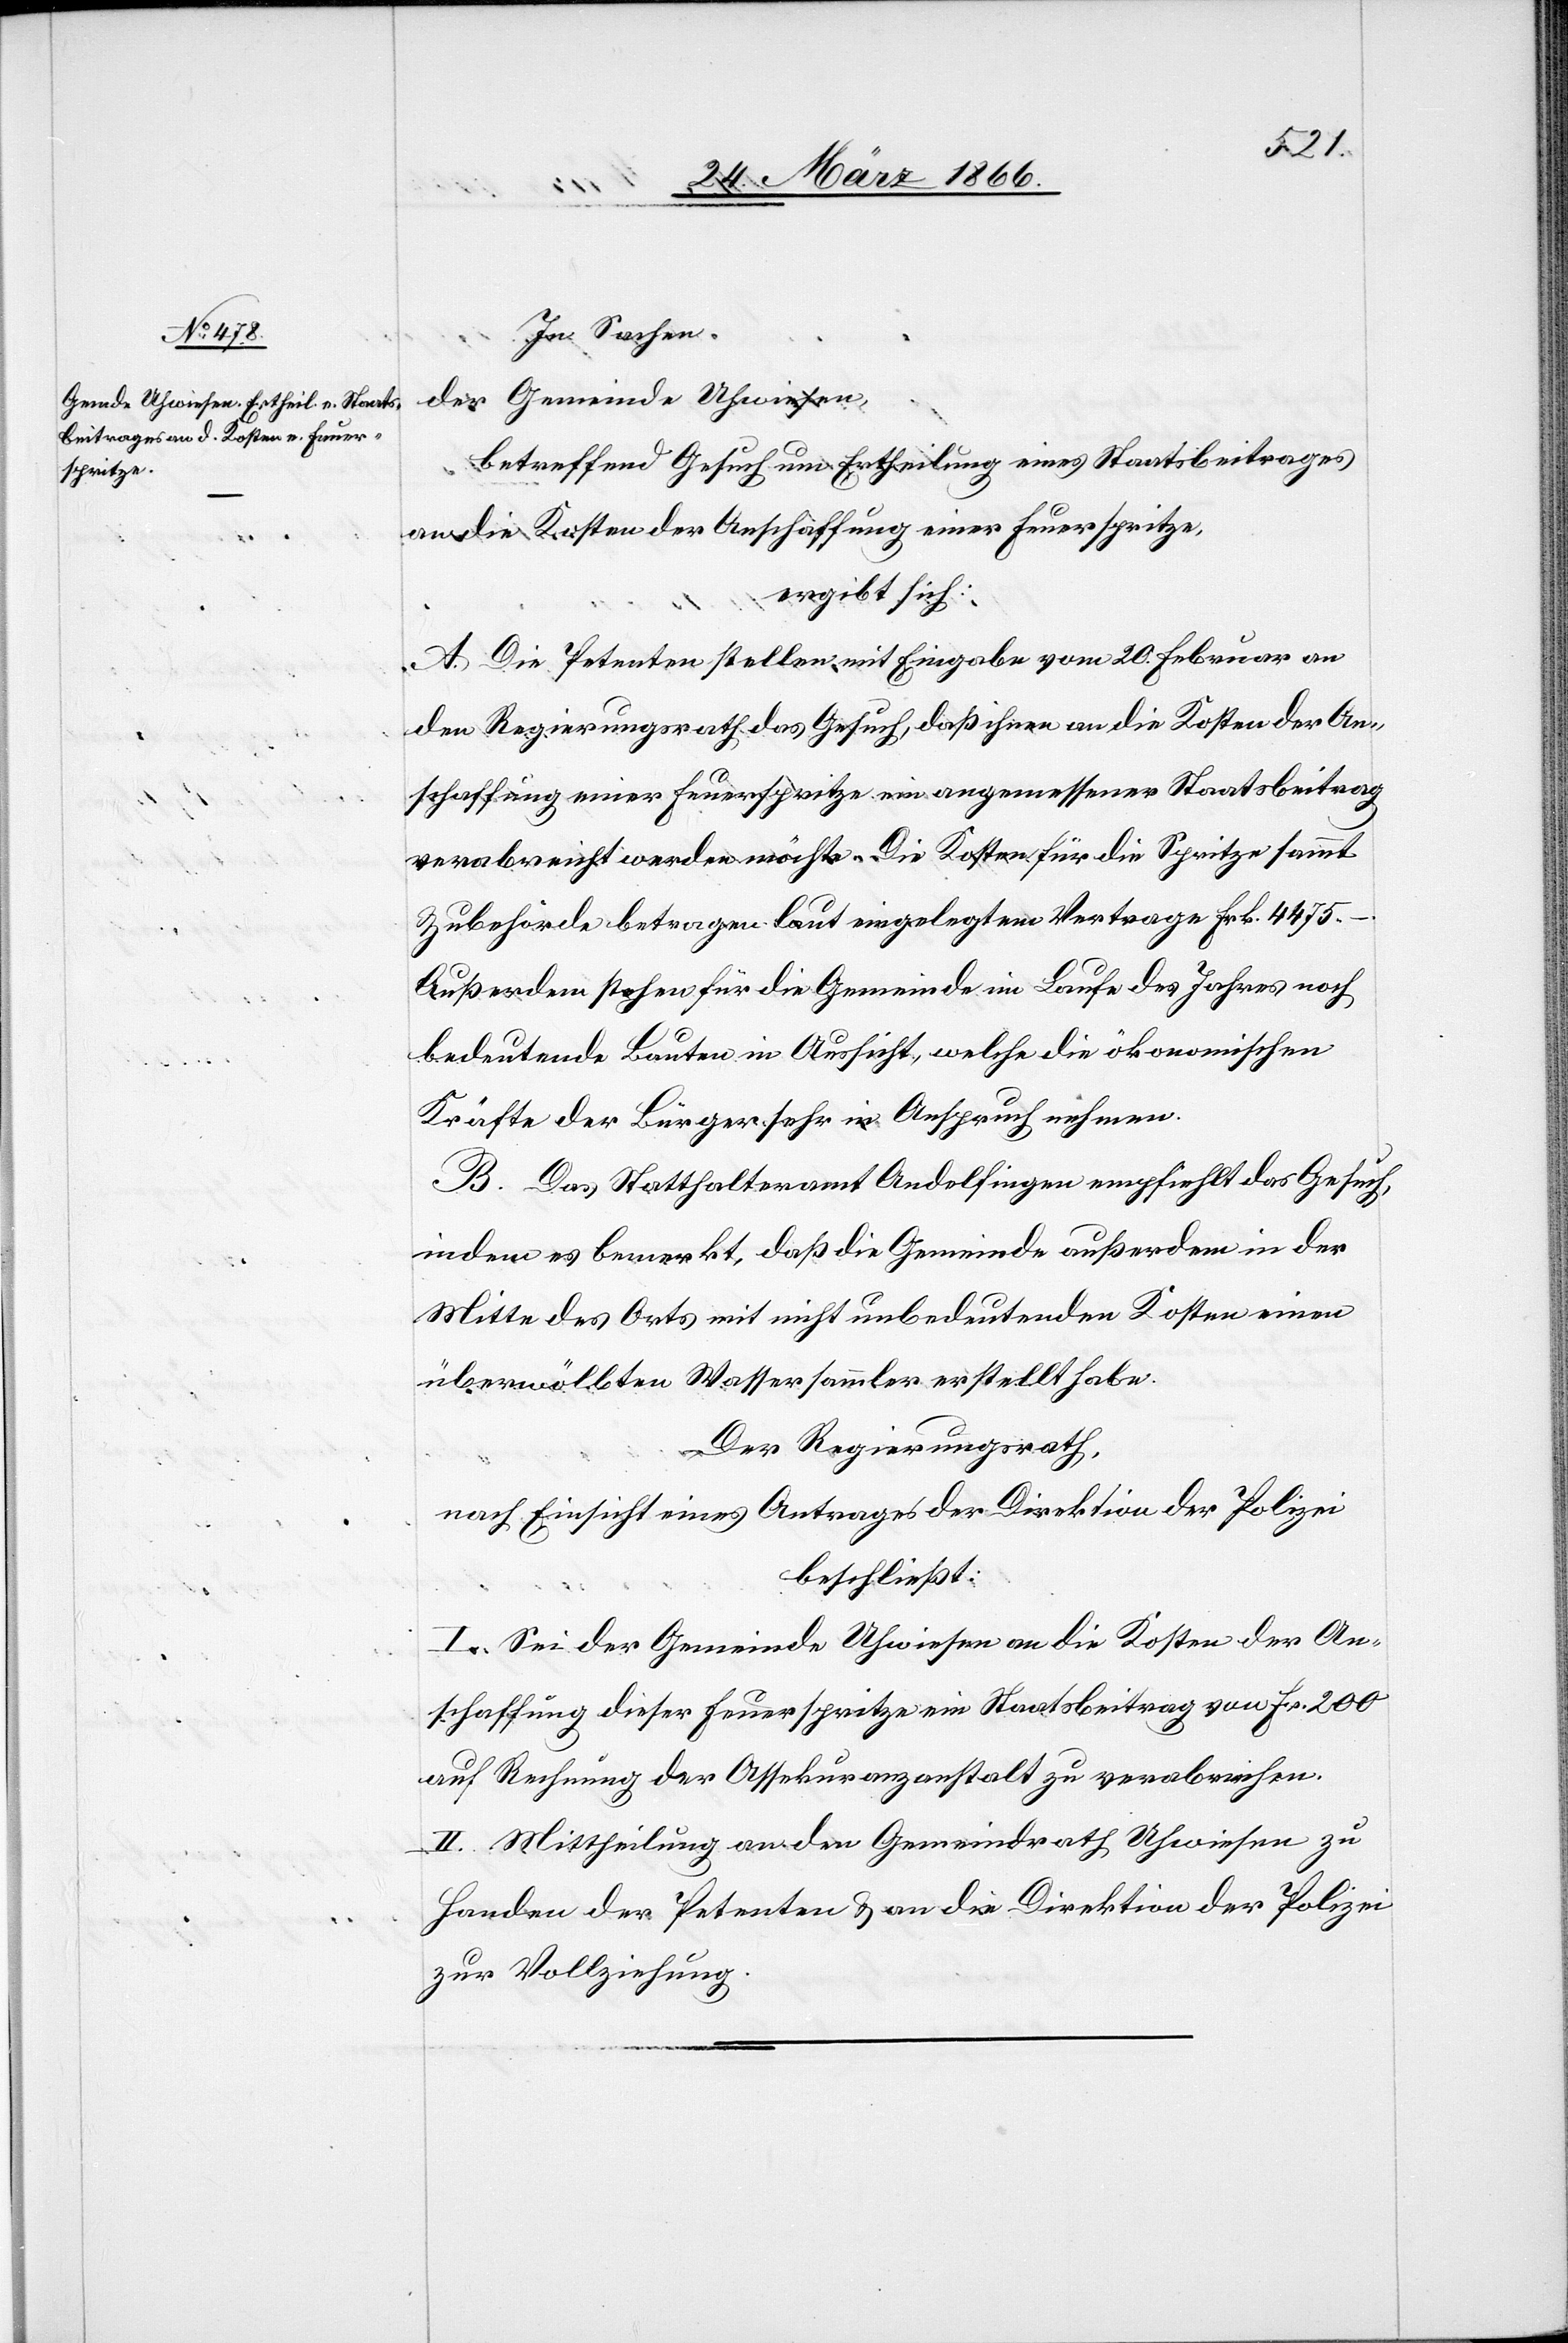
In Sachen
der Gemeinde Uhwiesen
betreffend Gesuch um Ertheilung eines Staatsbeitrages
an die Kosten der Anschaffung einer Feuerspritze,
ergibt sich:
A. Die Petenten stellen mit Eingabe vom 20. Februar an
den Regierungsrath das Gesuch, daß ihnen an die Kosten der An¬
schaffung einer Feuerspritze ein angemessener Staatsbeitrag
verabreicht werden möchte. Die Kosten für die Spritze sammt
Zubehörde betragen laut eingelegtem Vertrage Frk. 4475,–.
Außerdem stehen für die Gemeinde im Laufe des Jahres noch
bedeutende Bauten in Aussicht, welche die ökonomischen
Kräfte der Bürger sehr in Anspruch nehmen.
B. Das Statthalteramt Andelfingen empfiehlt das Gesuch
in dem es bemerkt, daß die Gemeinde außerdem in der
Mitte des Orts mit nicht unbedeutenden Kosten einen
überwölbten Wassersammler erstellt habe.
Der Regierungsrath,
nach Einsicht eines Antrages der Direktion der Polizei,
beschließt:
I. Sei der Gemeinde Uhrwiesen an die Kosten der An¬
schaffung dieser Feuerspritze ein Staatsbeitrag von Fr. 200
auf Rechnung der Assekuranzanstalt zu verabreichen.
II. Mittheilung an den Gemeindrath Uhwiesen zu
Handen der Petenten u. an die Direktion der Polizei
zur Vollziehung.